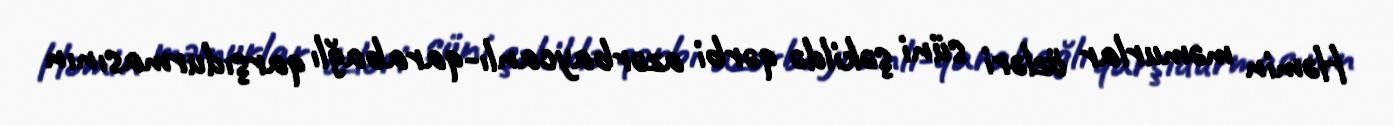
Həmin məmurlar özləri süni şəkildə qərbi azərbaycanlı-qarabağlı qarşıdurmasının